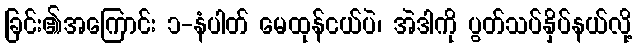
ခြင်း၏အကြောင်း ၁-နံပါတ် မေထုန်ငယ်ပဲ၊ အဲဒါကို ပွတ်သပ်နှိပ်နယ်လို့